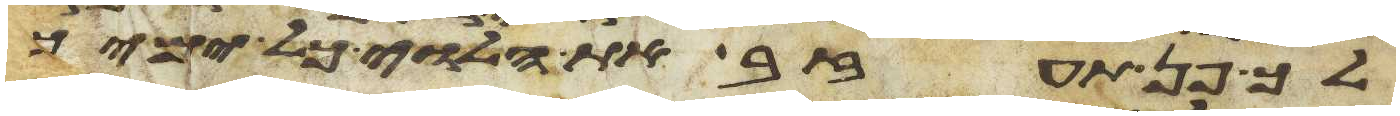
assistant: לך פן תעזב את הלוי כל ימיך